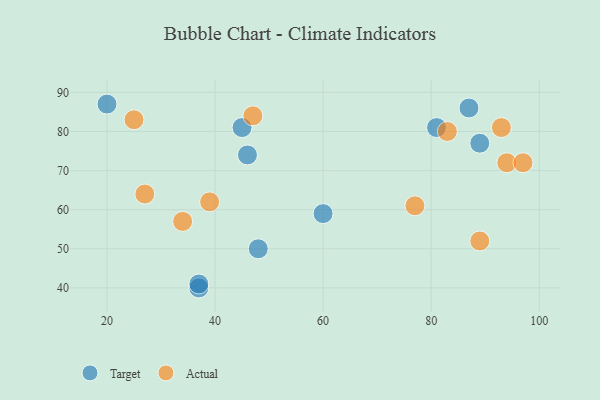
{"axis": {"x": "GDP", "y": "Life Expectancy"}, "legend": ["Actual", "Target"], "data": [{"x": "81", "y": 81, "type": "Target"}, {"x": "37", "y": 40, "type": "Target"}, {"x": "87", "y": 86, "type": "Target"}, {"x": "46", "y": 74, "type": "Target"}, {"x": "89", "y": 77, "type": "Target"}, {"x": "45", "y": 81, "type": "Target"}, {"x": "60", "y": 59, "type": "Target"}, {"x": "20", "y": 87, "type": "Target"}, {"x": "48", "y": 50, "type": "Target"}, {"x": "37", "y": 41, "type": "Target"}, {"x": "27", "y": 64, "type": "Actual"}, {"x": "94", "y": 72, "type": "Actual"}, {"x": "47", "y": 84, "type": "Actual"}, {"x": "89", "y": 52, "type": "Actual"}, {"x": "83", "y": 80, "type": "Actual"}, {"x": "97", "y": 72, "type": "Actual"}, {"x": "77", "y": 61, "type": "Actual"}, {"x": "34", "y": 57, "type": "Actual"}, {"x": "25", "y": 83, "type": "Actual"}, {"x": "93", "y": 81, "type": "Actual"}, {"x": "39", "y": 62, "type": "Actual"}]}